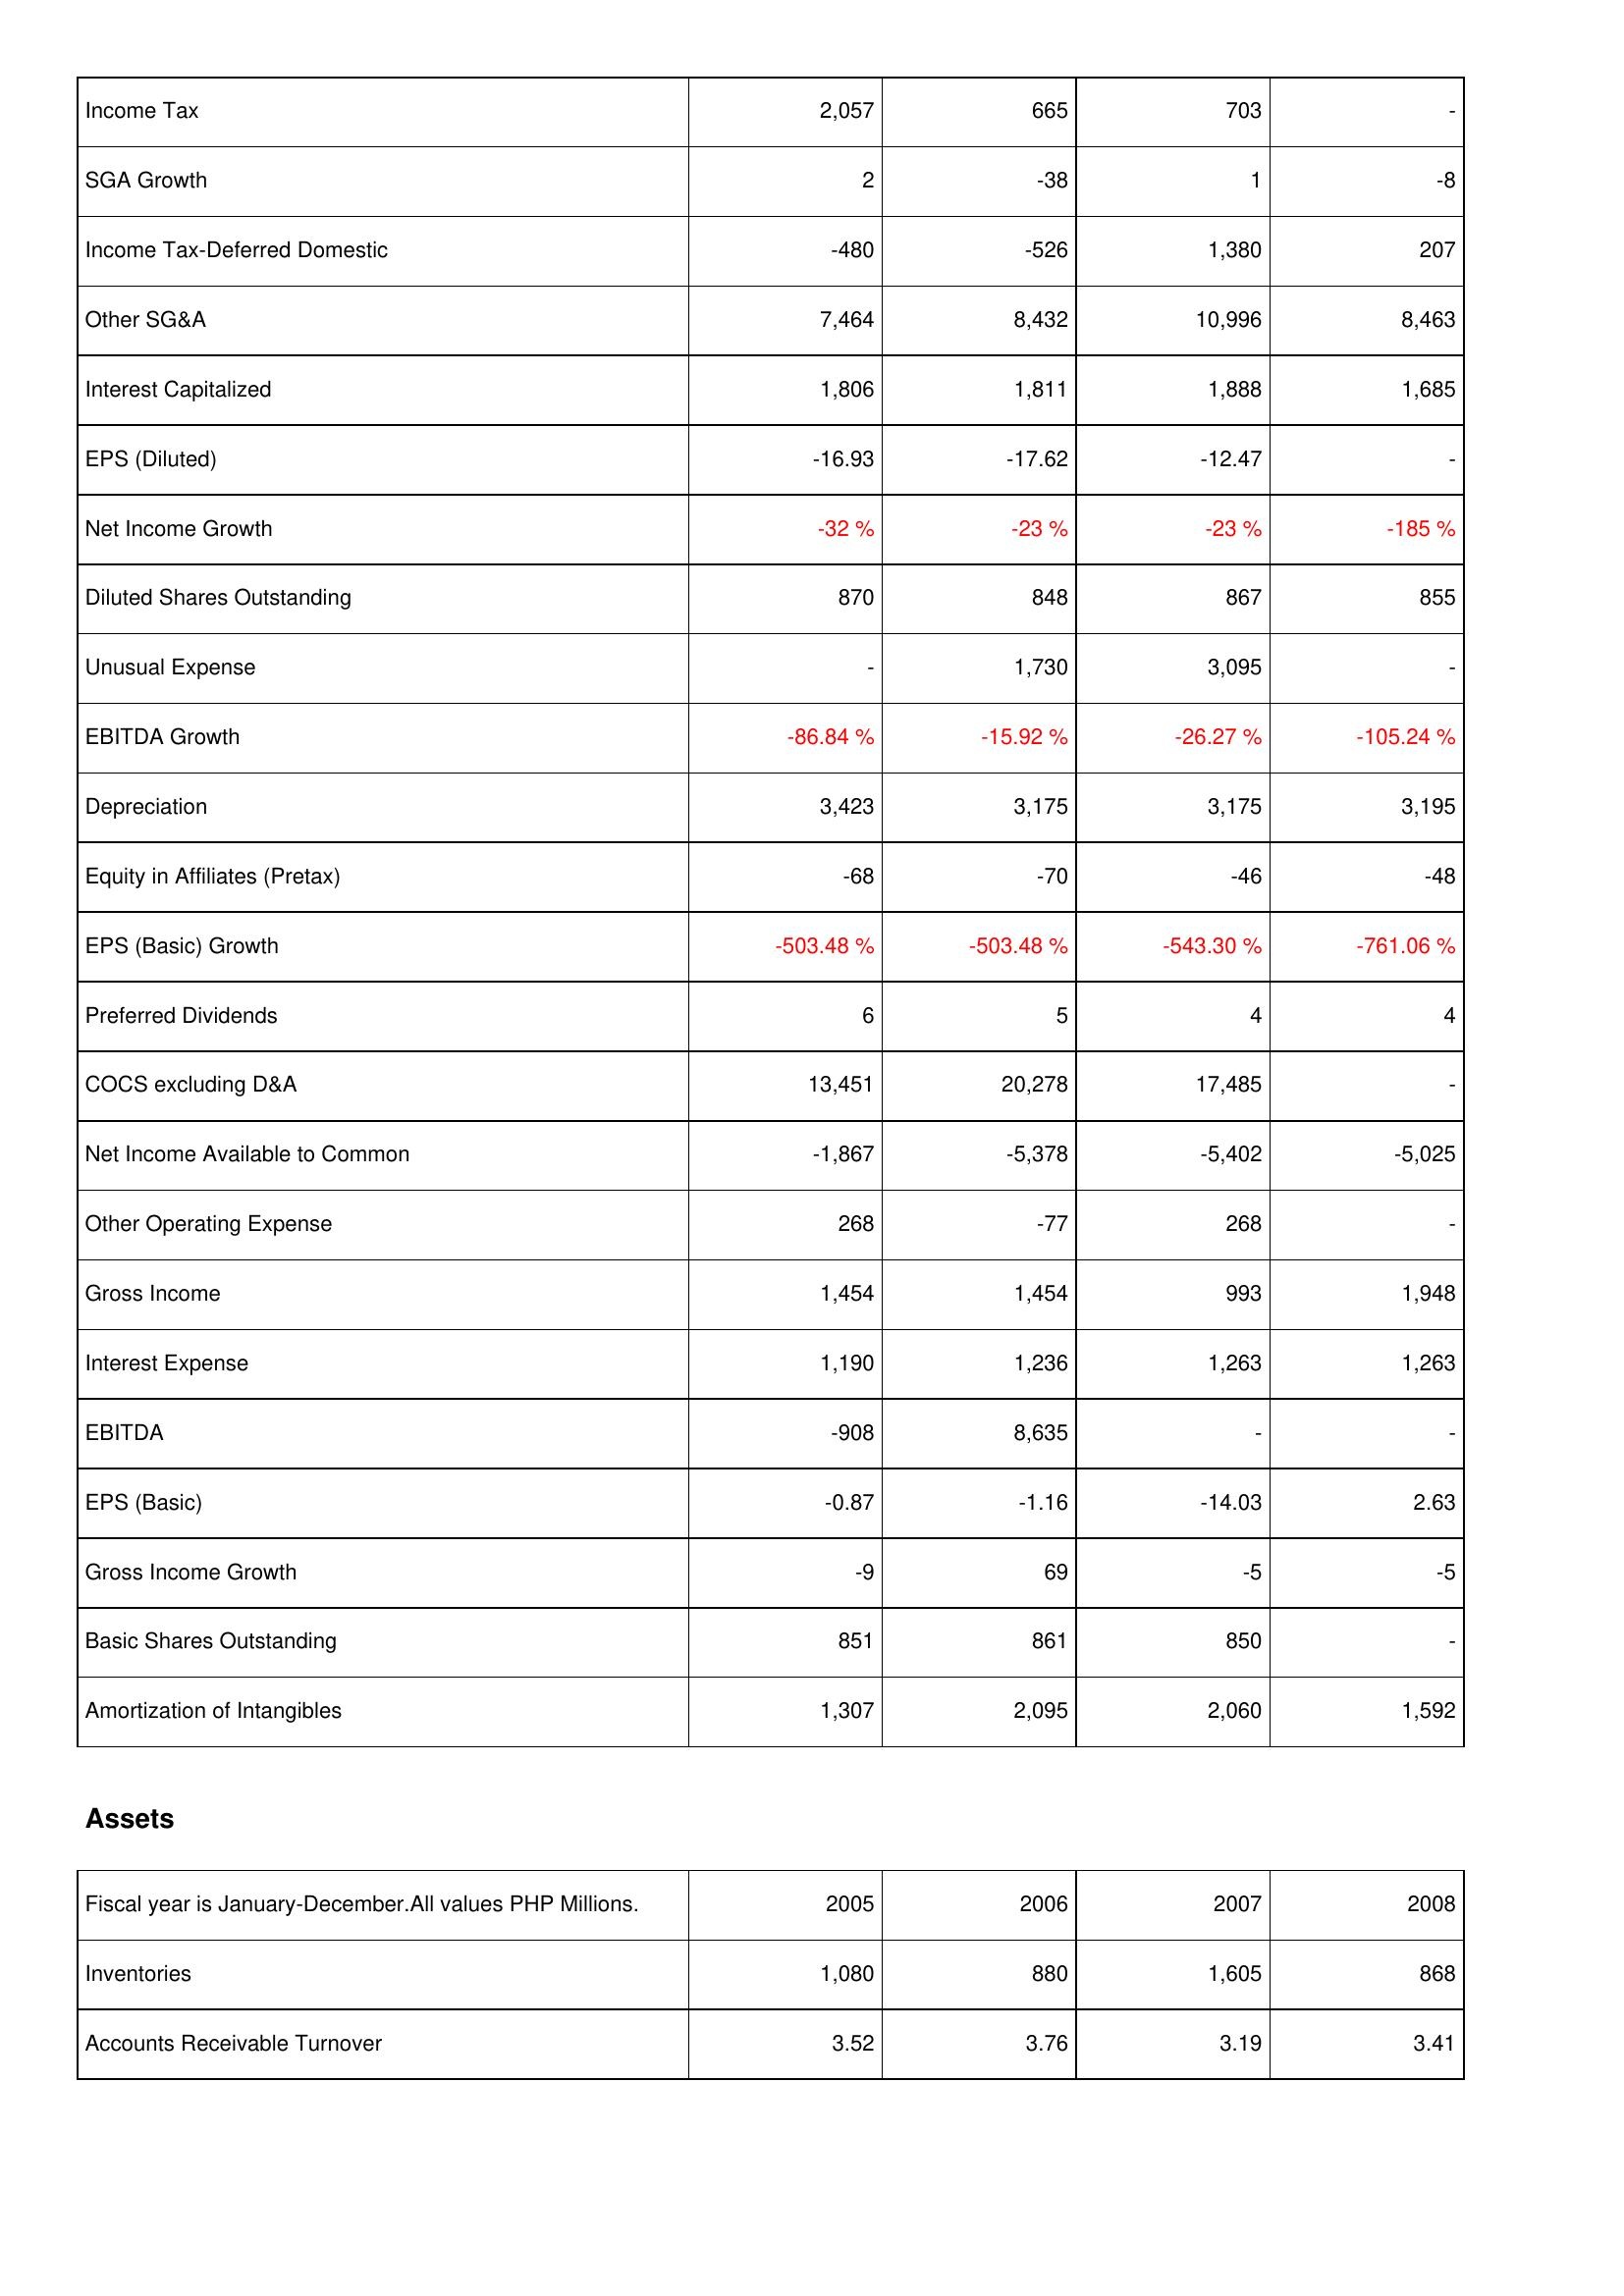
2005: Income Statement: Income Tax: 2,057
SGA Growth: 2
Income Tax-Deferred Domestic: -480
Other SG&A: 7,464
Interest Capitalized: 1,806
EPS (Diluted): -16.93
Net Income Growth: -32 %
Diluted Shares Outstanding: 870
Unusual Expense: -
EBITDA Growth: -86.84 %
Depreciation: 3,423
Equity in Affiliates (Pretax): -68
EPS (Basic) Growth: -503.48 %
Preferred Dividends: 6
COCS excluding D&A: 13,451
Net Income Available to Common: -1,867
Other Operating Expense: 268
Gross Income: 1,454
Interest Expense: 1,190
EBITDA: -908
EPS (Basic): -0.87
Gross Income Growth: -9
Basic Shares Outstanding: 851
Amortization of Intangibles: 1,307
Assets: Inventories: 1,080
Accounts Receivable Turnover: 3.52
2006: Income Statement: Income Tax: 665
SGA Growth: -38
Income Tax-Deferred Domestic: -526
Other SG&A: 8,432
Interest Capitalized: 1,811
EPS (Diluted): -17.62
Net Income Growth: -23 %
Diluted Shares Outstanding: 848
Unusual Expense: 1,730
EBITDA Growth: -15.92 %
Depreciation: 3,175
Equity in Affiliates (Pretax): -70
EPS (Basic) Growth: -503.48 %
Preferred Dividends: 5
COCS excluding D&A: 20,278
Net Income Available to Common: -5,378
Other Operating Expense: -77
Gross Income: 1,454
Interest Expense: 1,236
EBITDA: 8,635
EPS (Basic): -1.16
Gross Income Growth: 69
Basic Shares Outstanding: 861
Amortization of Intangibles: 2,095
Assets: Inventories: 880
Accounts Receivable Turnover: 3.76
2007: Income Statement: Income Tax: 703
SGA Growth: 1
Income Tax-Deferred Domestic: 1,380
Other SG&A: 10,996
Interest Capitalized: 1,888
EPS (Diluted): -12.47
Net Income Growth: -23 %
Diluted Shares Outstanding: 867
Unusual Expense: 3,095
EBITDA Growth: -26.27 %
Depreciation: 3,175
Equity in Affiliates (Pretax): -46
EPS (Basic) Growth: -543.30 %
Preferred Dividends: 4
COCS excluding D&A: 17,485
Net Income Available to Common: -5,402
Other Operating Expense: 268
Gross Income: 993
Interest Expense: 1,263
EBITDA: -
EPS (Basic): -14.03
Gross Income Growth: -5
Basic Shares Outstanding: 850
Amortization of Intangibles: 2,060
Assets: Inventories: 1,605
Accounts Receivable Turnover: 3.19
2008: Income Statement: Income Tax: -
SGA Growth: -8
Income Tax-Deferred Domestic: 207
Other SG&A: 8,463
Interest Capitalized: 1,685
EPS (Diluted): -
Net Income Growth: -185 %
Diluted Shares Outstanding: 855
Unusual Expense: -
EBITDA Growth: -105.24 %
Depreciation: 3,195
Equity in Affiliates (Pretax): -48
EPS (Basic) Growth: -761.06 %
Preferred Dividends: 4
COCS excluding D&A: -
Net Income Available to Common: -5,025
Other Operating Expense: -
Gross Income: 1,948
Interest Expense: 1,263
EBITDA: -
EPS (Basic): 2.63
Gross Income Growth: -5
Basic Shares Outstanding: -
Amortization of Intangibles: 1,592
Assets: Inventories: 868
Accounts Receivable Turnover: 3.41